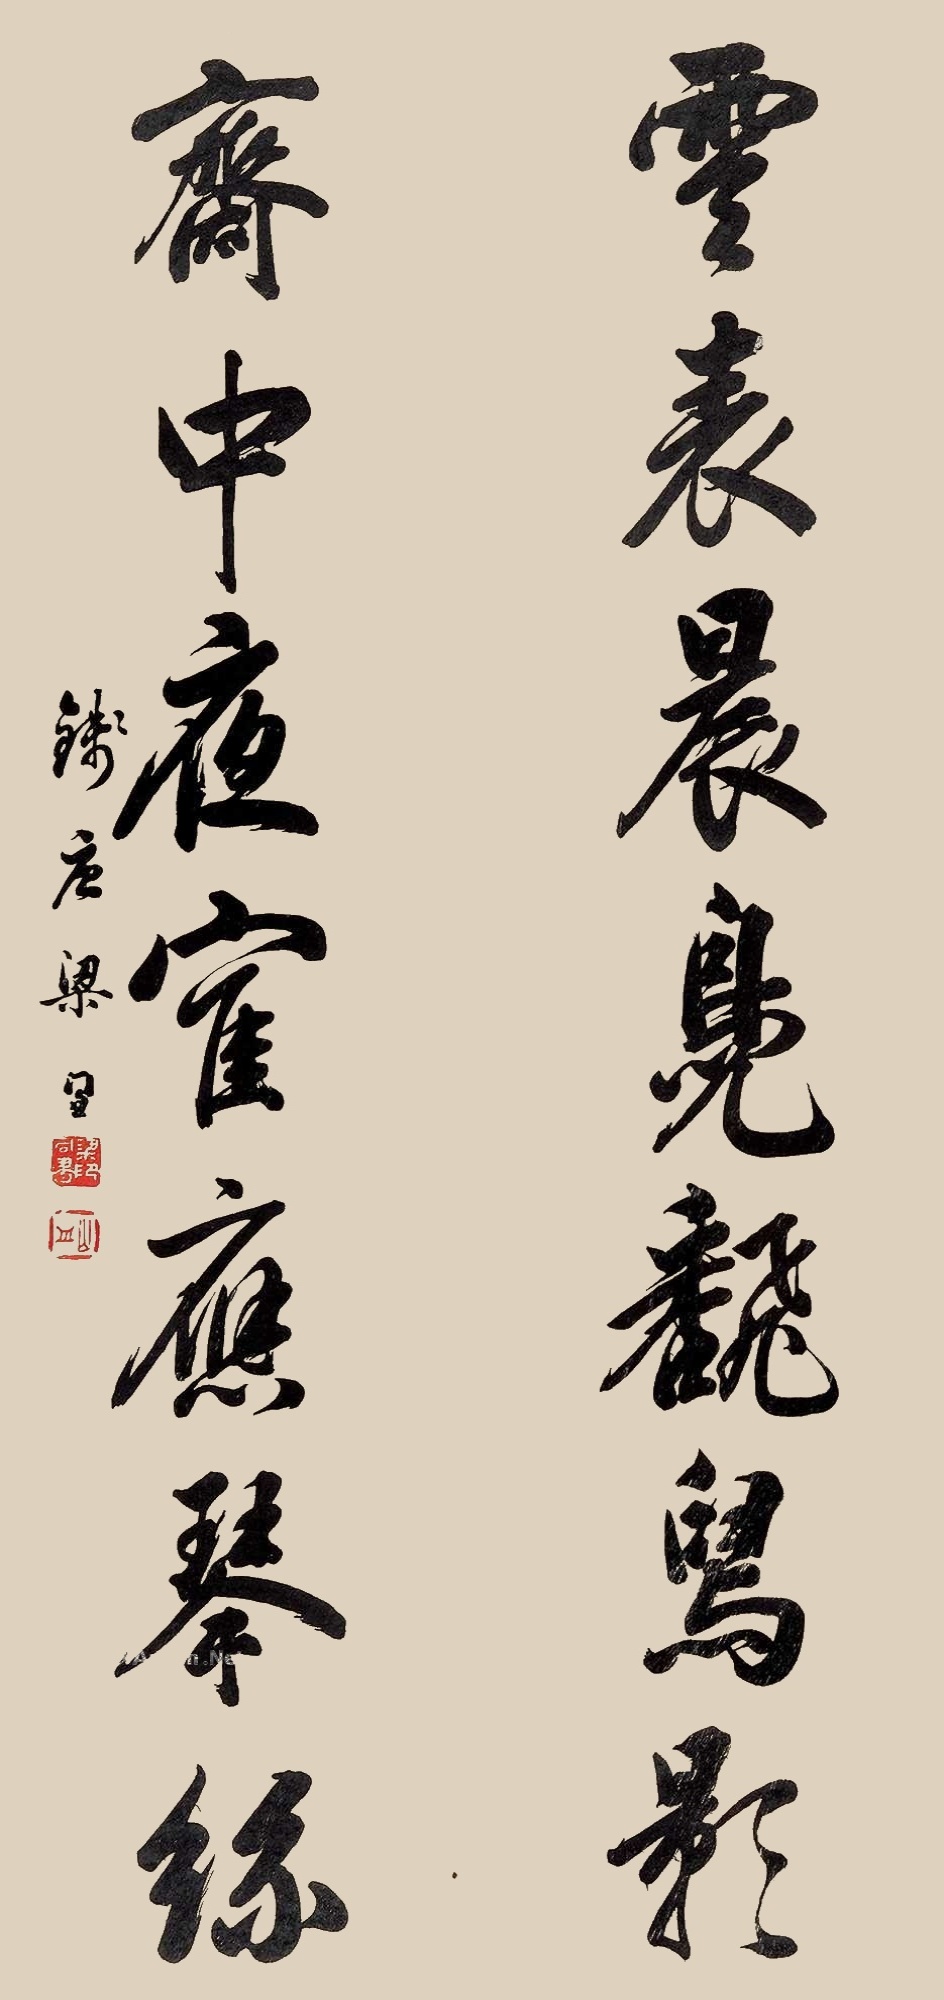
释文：云表晨凫翻舄影，斋中夜鹤应琴丝。钱唐梁同书。